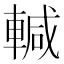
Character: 輱